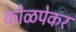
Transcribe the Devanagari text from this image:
कोळपेकर